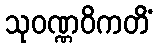
သုဝဏ္ဏဝိကတိံ